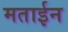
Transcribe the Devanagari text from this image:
मताईन